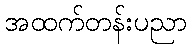
အထက်တန်းပညာ